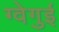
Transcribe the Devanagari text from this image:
ग्वेगुई